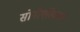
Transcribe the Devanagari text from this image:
सोनीएरिकसन